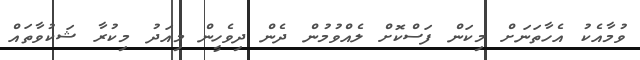
ވުމާއެކު އެހާތަނަށް މިކަން ފަސްކޮށް ލެއްވުމުން ދެން ދިވެހީން މިއަދު މިކުރާ ޝަކުވާތައް